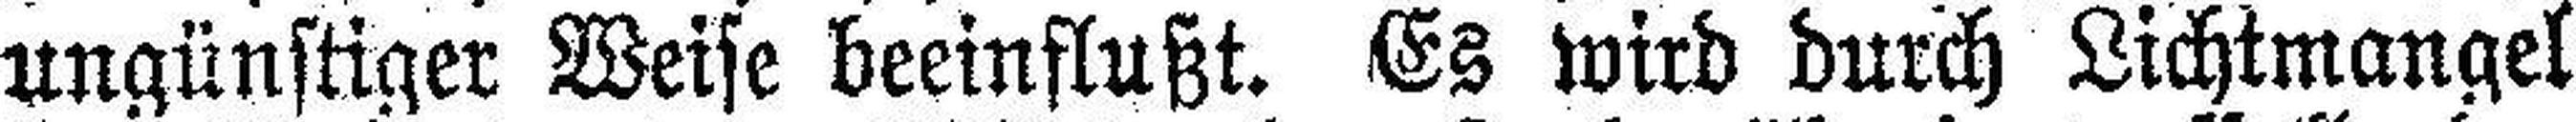
ungünstiger Weise beeinflußt. Es wird durch Lichtmangel